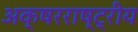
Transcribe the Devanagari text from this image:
अक्षरराष्ट्रीय